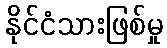
နိုင်ငံသားဖြစ်မှု